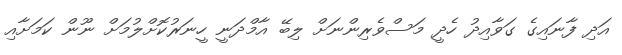
އަދި ފާނައިގެ ގަވާއިދު ހެދީ މަސްވެރިންނަށް ލިބޭ އާމްދަނީ ހީނަރުކޮށްލުމަށް ނޫން ކަމަށާއި